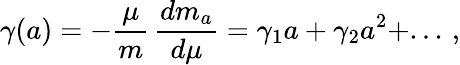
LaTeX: \gamma(a)=-\frac{\mu}{m}\, \frac{dm_{a}}{d\mu}=\gamma_{1}a+\gamma_{2}a^{2}+...\, ,